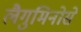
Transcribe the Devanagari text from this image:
लैगुमिनोसे